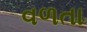
વળતા